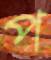
প